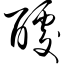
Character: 醵